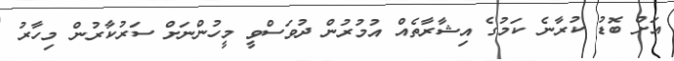
އަށް ބޮޑު ކުރާނެ ކަމުގެ އިޝާރާތެއް އުމުރުން ދުވަސްވީ މީހުންނަށް ސަރުކާރުން މިހާރު